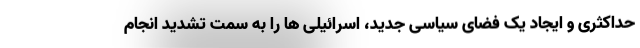
حداکثری و ایجاد یک فضای سیاسی جدید، اسرائیلی ها را به سمت تشدید انجام